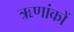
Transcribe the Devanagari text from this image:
ऋणांकों